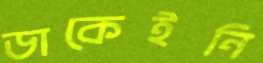
ডাকেইনি